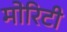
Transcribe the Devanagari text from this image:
मोरिटी